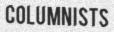
COLUMNISTS